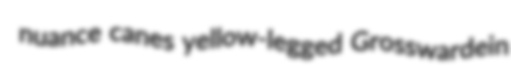
nuance canes yellow-legged Grosswardein